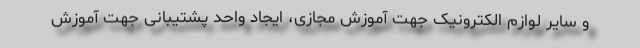
و سایر لوازم الکترونیک جهت آموزش مجازی، ایجاد واحد پشتیبانی جهت آموزش